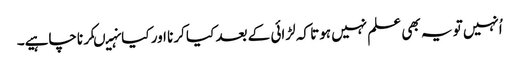
اُنہیں تو یہ بھی علم نہیں ہوتا کہ لڑائی کے بعد کیا کرنا اور کیانہیںکرناچاہیے۔